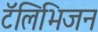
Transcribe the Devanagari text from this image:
टॅलिभिजन